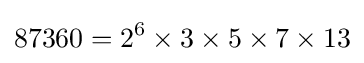
87360=2^{6}\times 3\times 5\times 7\times 13